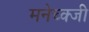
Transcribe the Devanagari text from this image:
मनेच्क्जी